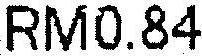
RM0.84